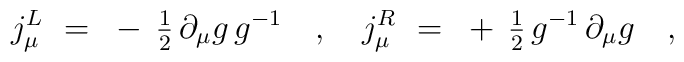
j_\mu^L~=~- \, {\textstyle{1\over 2}} \, \partial_\mu g \, g^{-1}~~~,~~~ j_\mu^R~=~+ \, {\textstyle{1\over 2}} \, g^{-1} \, \partial_\mu g~~~,